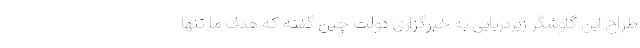
طراح این گاوشگر زیردریایی به خبرگزاری دولت چین گفته که هدف ما تنها